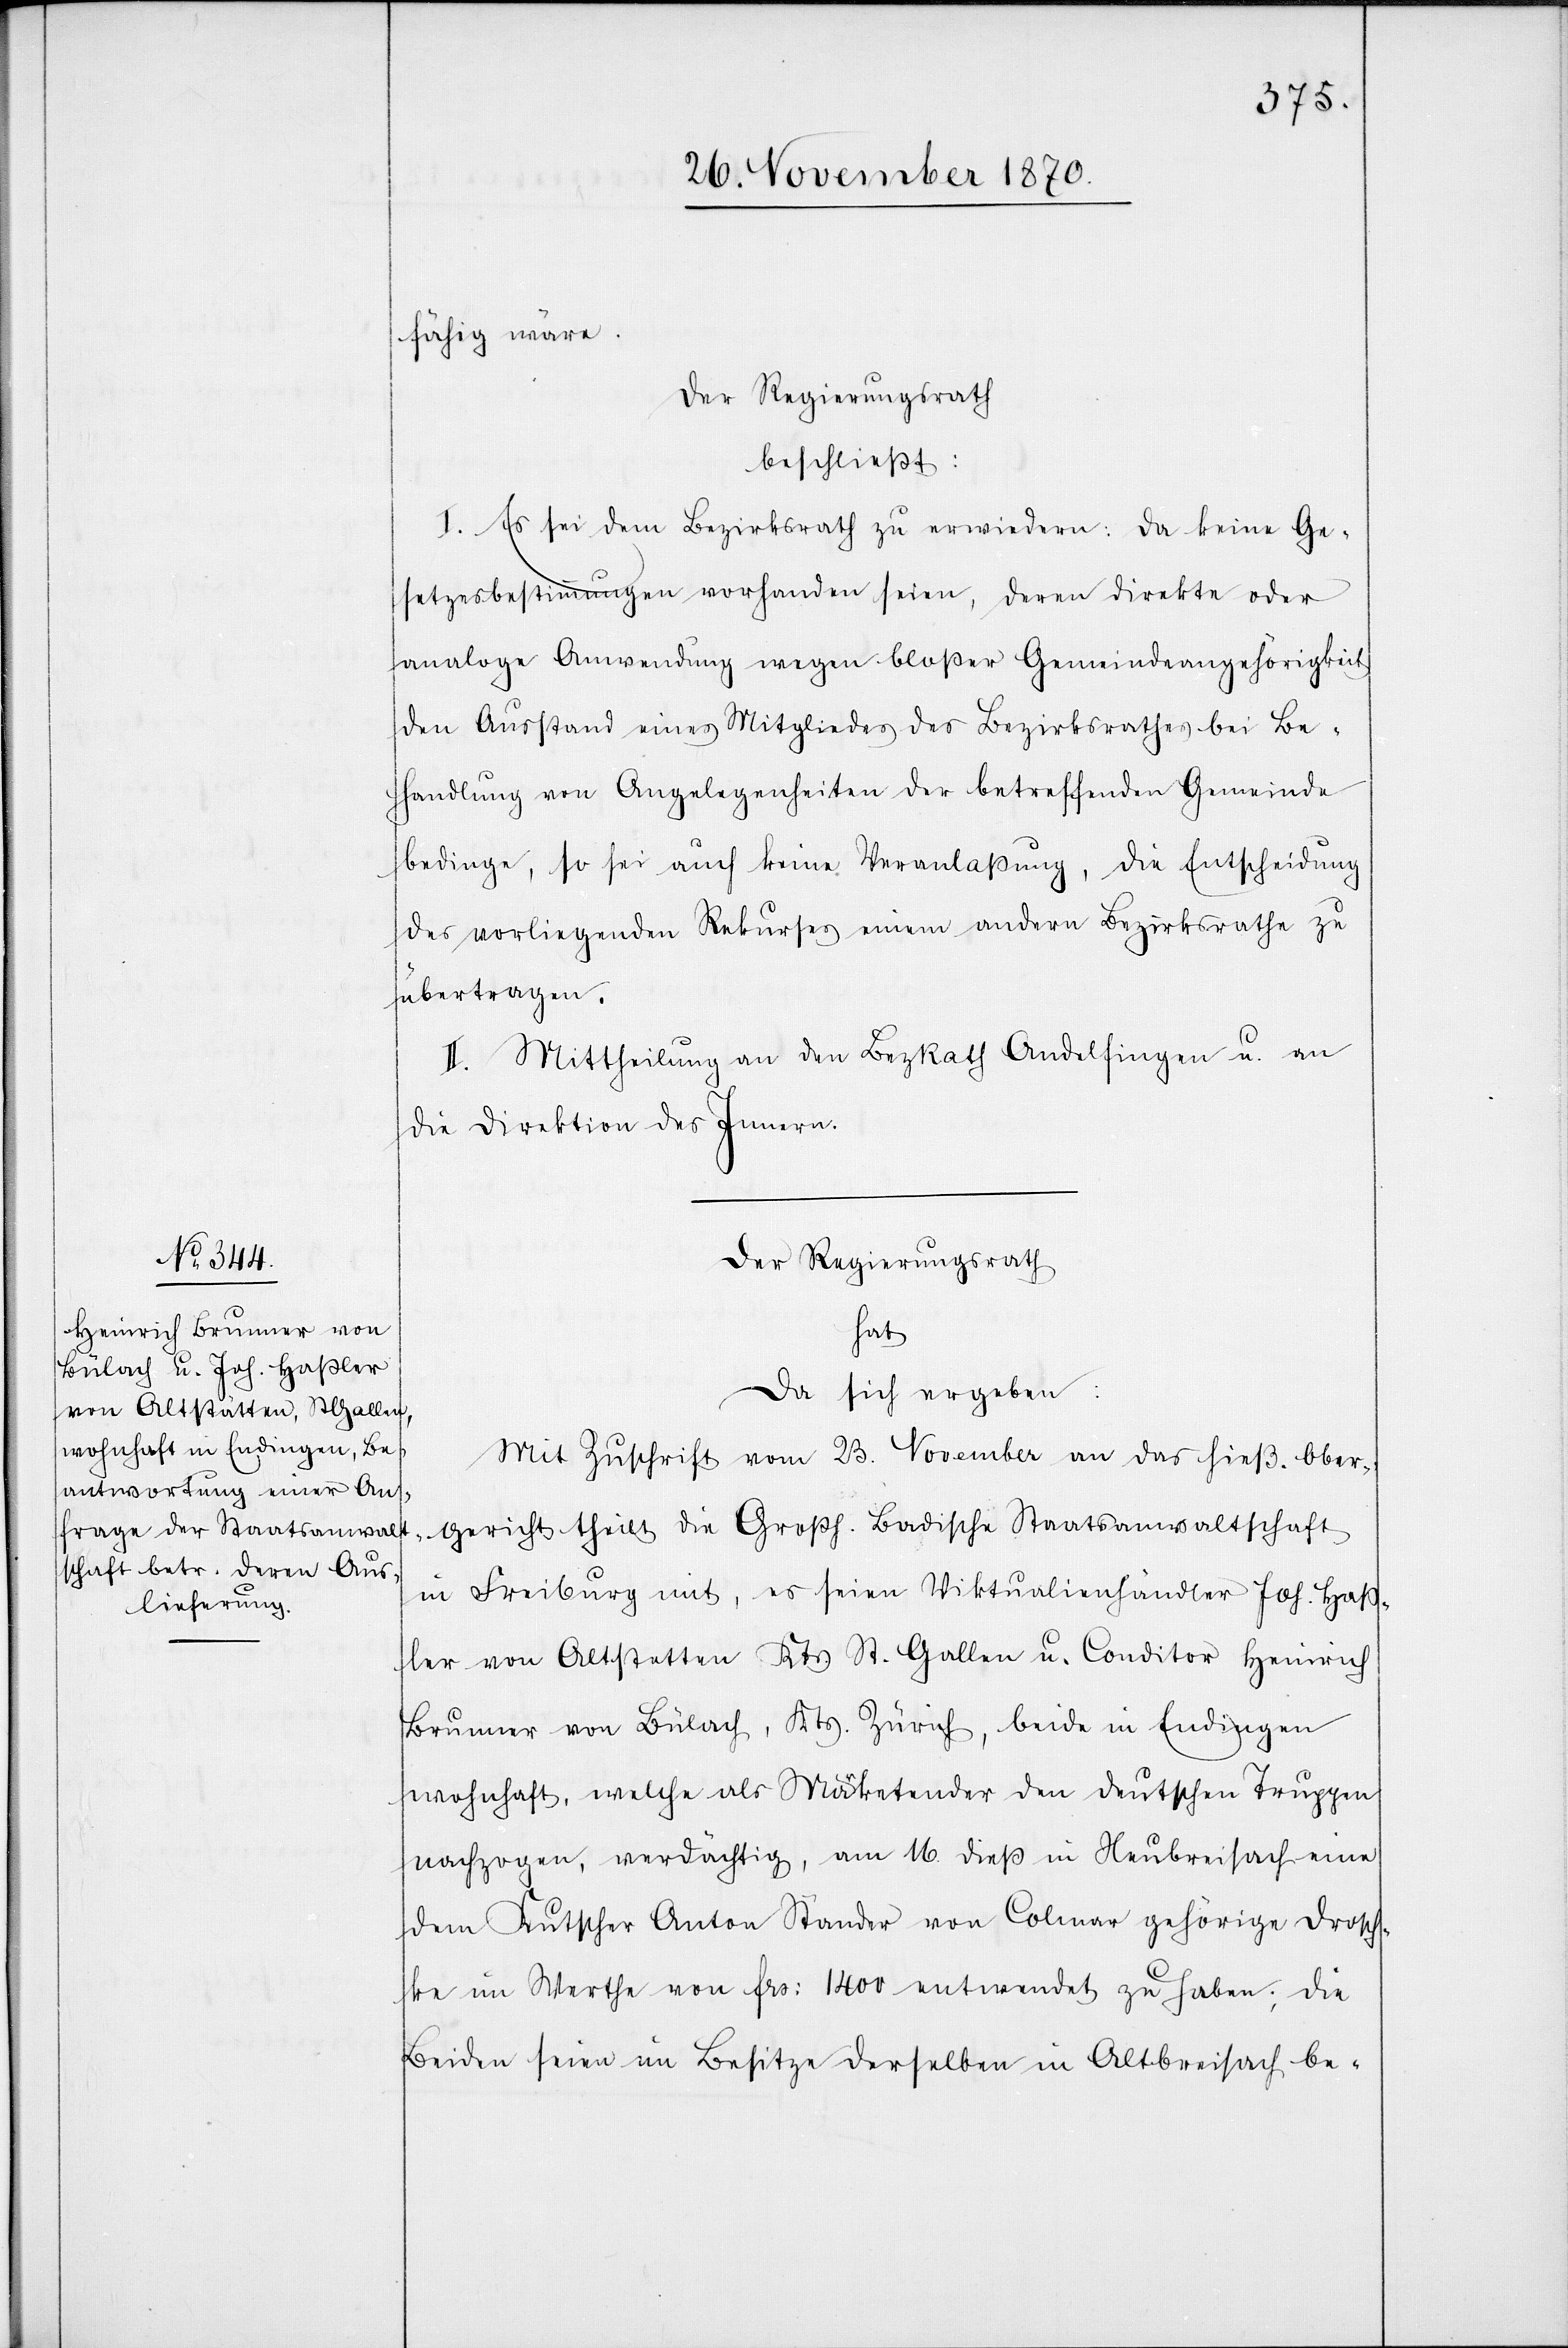
fähig wäre.
Der Regierungsrath
beschließt:
I. Es sei dem Bezirksrath zu erwiedern: Da keine Ge¬
setzesbestimmungen vorhanden seien, deren direkte oder
analoge Anwendung wegen bloßer Gemeindeangehörigkeit
den Ausstand eines Mitgliedes des Bezirksrathes bei Be¬
handlung von Angelegenheiten der betreffenden Gemeinde
bedinge, so sei auch keine Veranlaßung, die Entscheidung
des vorliegenden Rekurses einem andern Bezirksrathe zu
übertragen.
II. Mittheilung an den BezRath Andelfingen u. an
die Direktion des Innern.
Der Regierungsrath
hat
da sich ergeben:
Mit Zuschrift vom 23. November an das hieß. Ober¬
gericht theilt die Großh. Badische Staatsanwaltschaft
in Freiburg mit, es seien Viktualienhändler Joh. Hass¬
ler von Altstetten Kts. St. Gallen u. Conditor Heinrich
Brunner von Bülach, Kts. Zürich, beide in Endingen
wohnhaft, welche als Marketender den deutschen Truppen
nachzogen, verdächtig, am 16. dieß in Neubreisach eine
dem Kutscher Anton Ständer von Colmar gehörige Drosch¬
ke im Werthe von Frs: 1400 entwendet zu haben; die
Beiden seien im Besitze derselben in Altbreisach be-